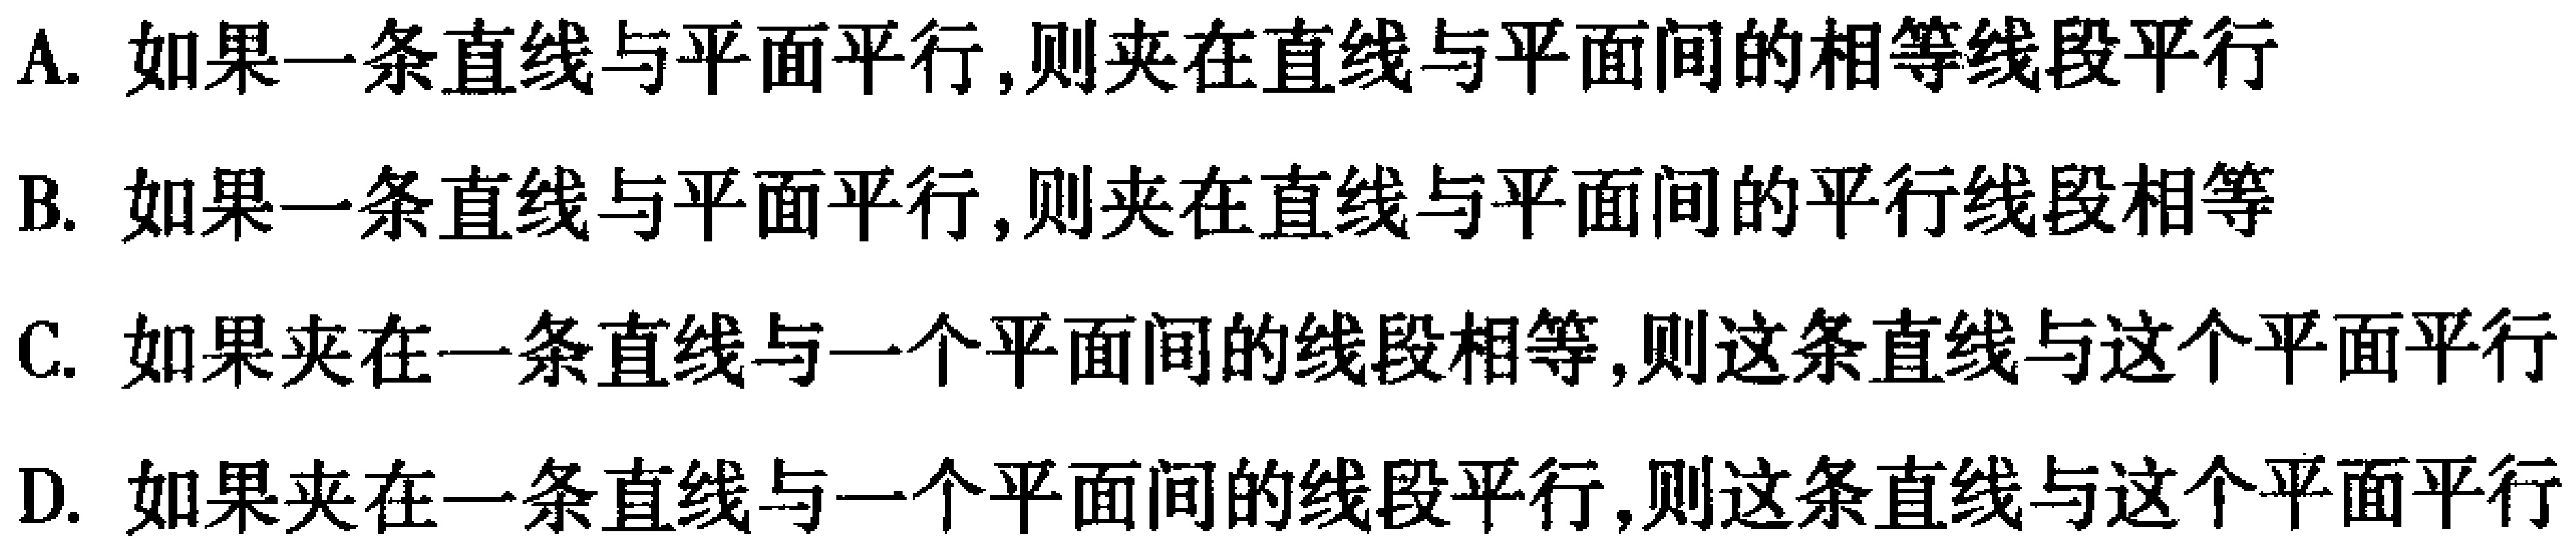
A. 如果一条直线与平面平行,则夹在直线与平面间的相等线段平行
B. 如果一条直线与平面平行,则夹在直线与平面间的平行线段相等
C. 如果夹在一条直线与一个平面间的线段相等,则这条直线与这个平面平行
D. 如果夹在一条直线与一个平面间的线段平行,则这条直线与这个平面平行